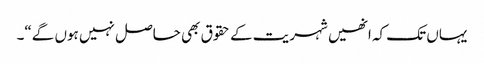
یہاں تک کہ انھیں شہریت کے حقوق بھی حاصل نہیں ہوں گے“۔